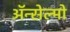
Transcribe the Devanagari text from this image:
ॲन्सेल्मो